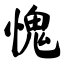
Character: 愧